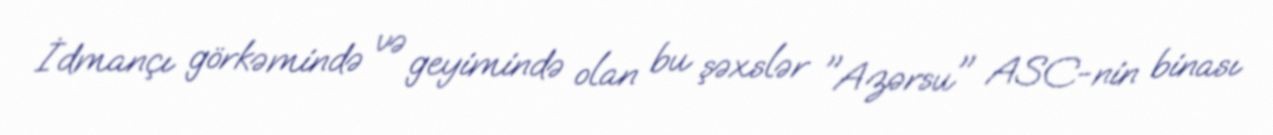
İdmançı görkəmində və geyimində olan bu şəxslər "Azərsu" ASC-nin binası